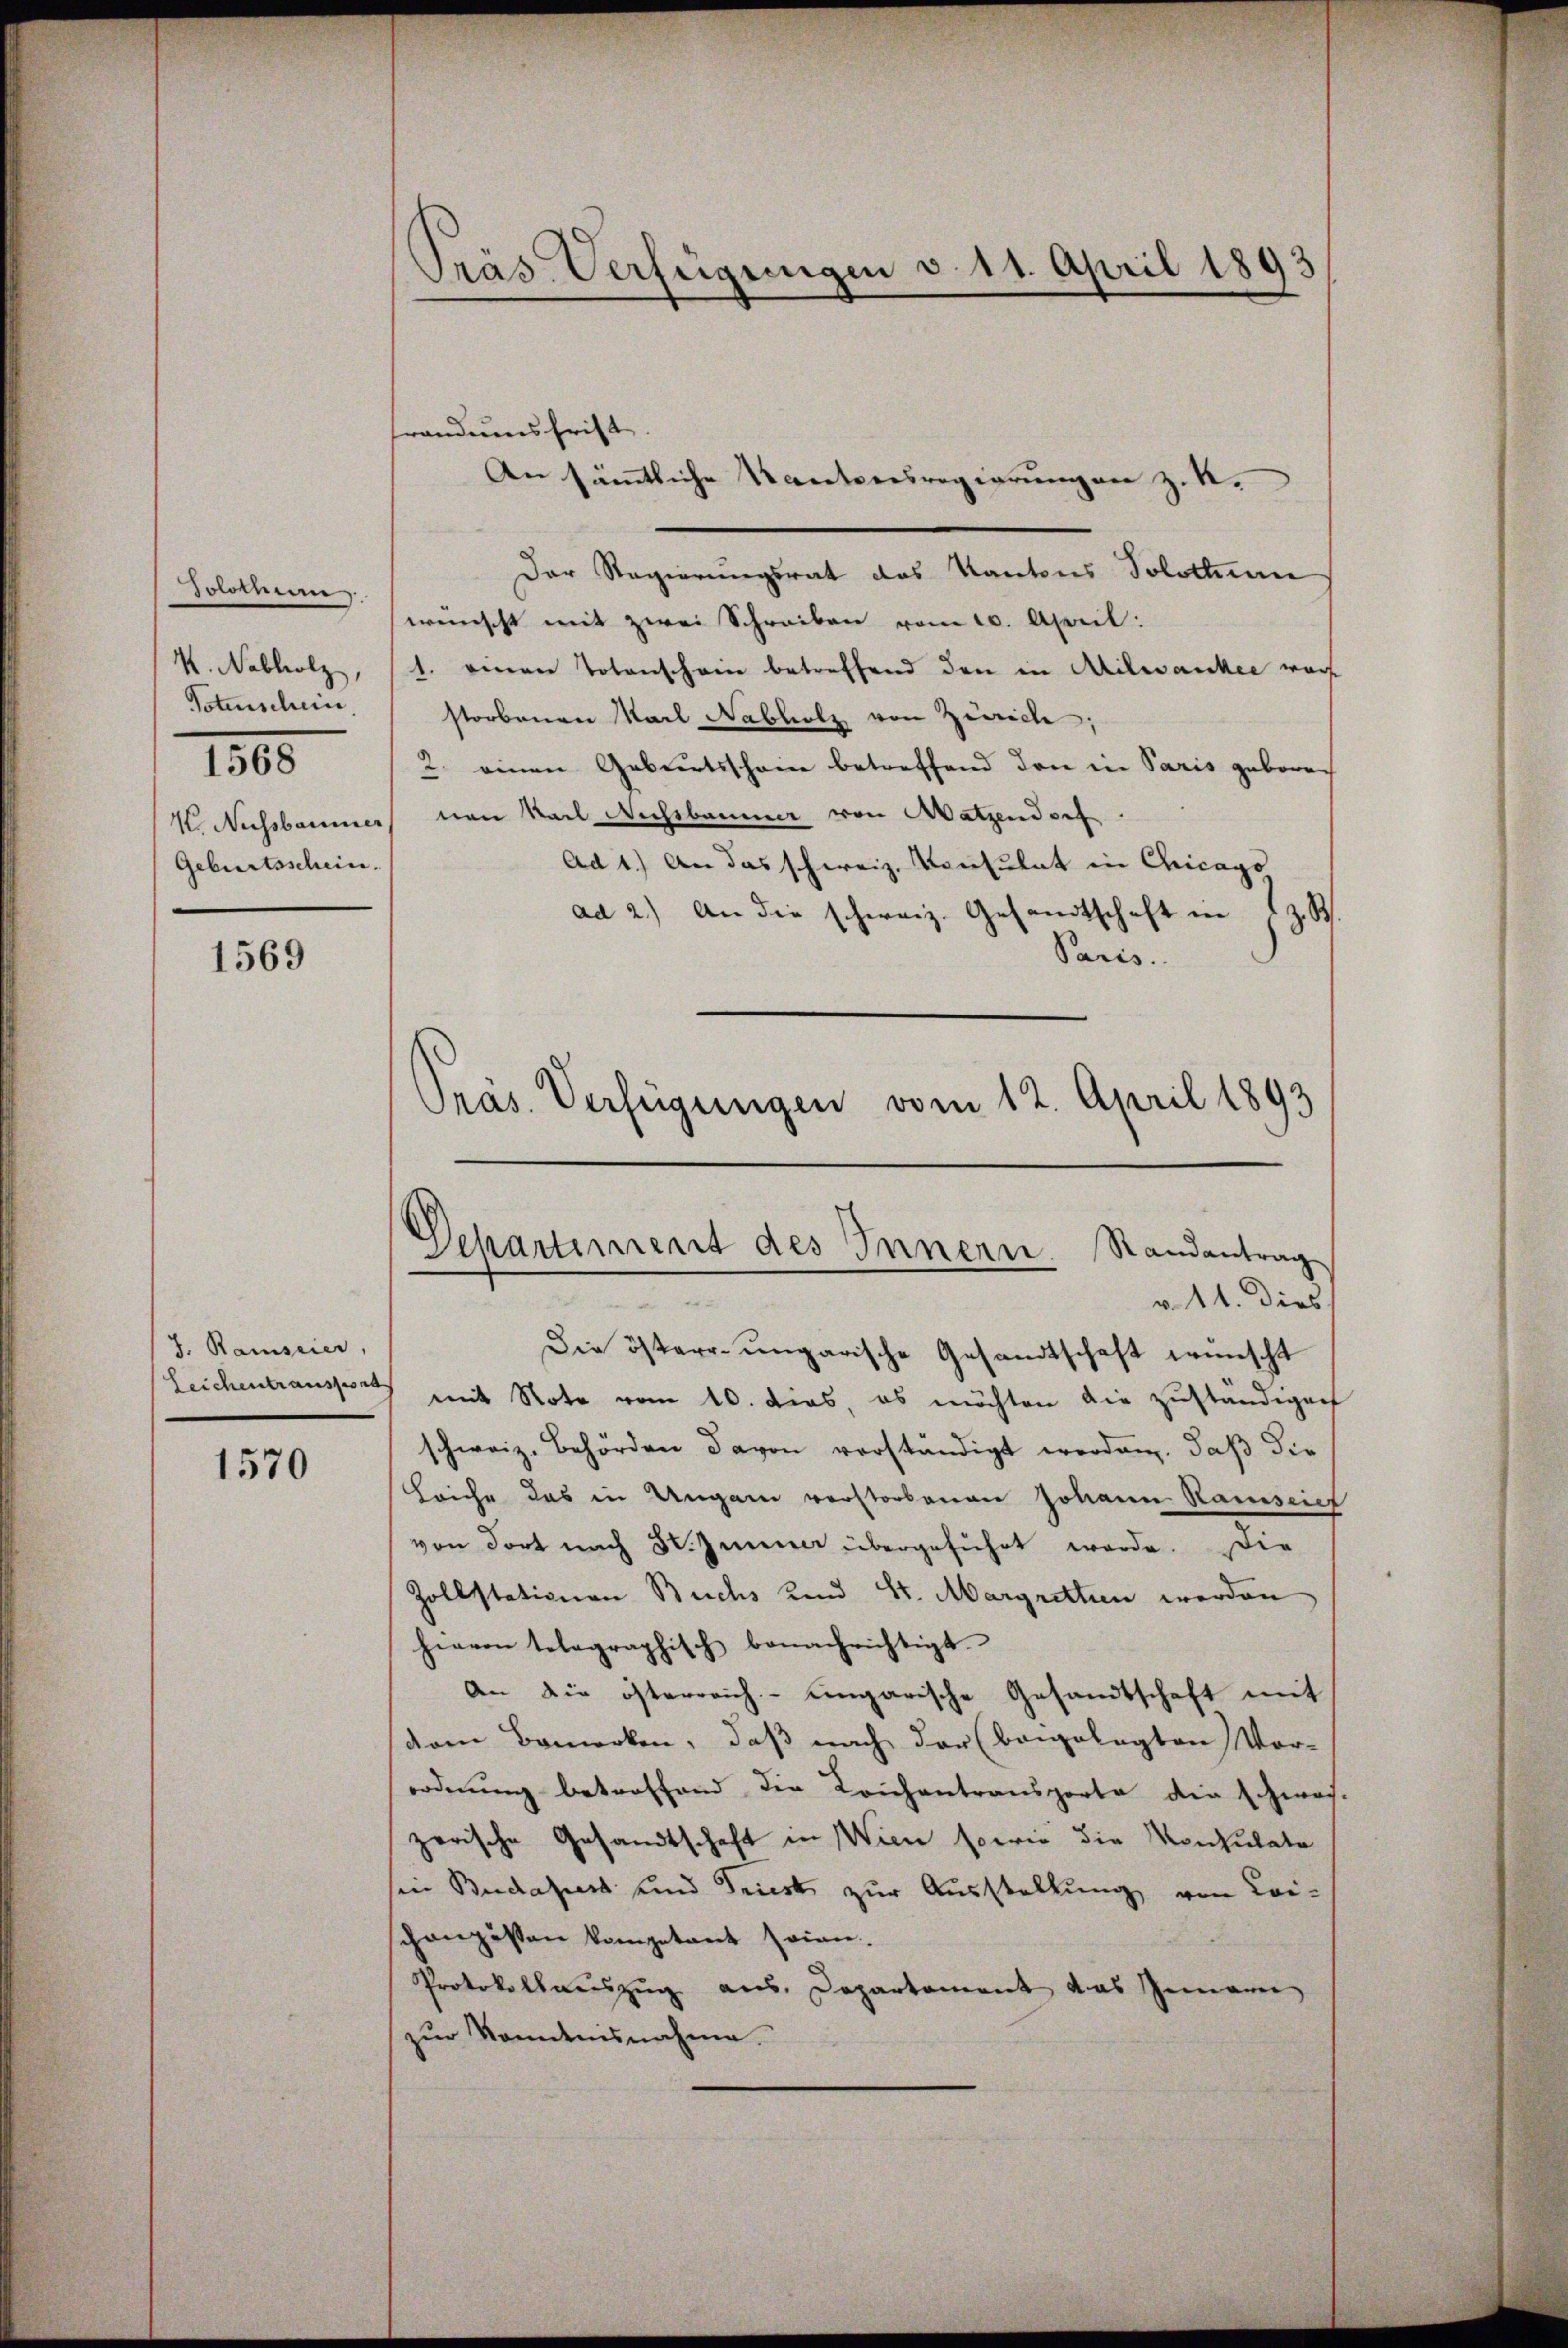
Jolocume
V. Nabholz,
Totenschein.
1500
V. Nussbaumer
Geburtsschein.

1569

J. Ramseier,

1570

Pras. Verfügungen v. 11. April 189

randumsfrist
Der Regierungsrat des Kantons Solothurn
wünscht mit zwei Schreiben vom 10. April:
1. einen Totenschein betreffend den in Milovankee war
storbenen Mail Nabholz von Zürich.
2. einen Geburtsschein betreffend den in Paris geboren
von Karl Wichtbaume von Watzendorf
Ad 1) An das schweiz. Konsulat in Chicago
ad 2.) An die schweiz. Gesandtschaft in s. z. B.
Paris.
Präs. Verfügungen vom 12. April 1893

Departiment des Innern. Randantrag
r 11. dies

An sämtliche Kantonsregierungen z. K.

Die öster ungarische Gesandtschaft wünscht
Leichentransport mit Note vom 10. dies, es möchten die zuständigen
schweiz. Behörden davon vorständigt worden, daß die
Leiche das in Ungen verstorbenen Johann Ramseich
von dort nach St. Juni übergeführt werde. Die
Zollstationen Buchs Kind St. Margretten werden
hievon telegraphisch benachrichtigt.
An die österreich-Eingarische Gesandtschaft mit
com Bemerken, daß nach der (beigelegten Vor-
ordnung betroffend die Leichentransporte die schwos-
zerische Gesandtschaft in Wien sowie die Monsulate
sein Budapest und Triest zur Ausstellung von Lei-
schanzessen kompetent seien.
Protokollauszug aus Departement das Innern
zŭr Kenntnisnahme.